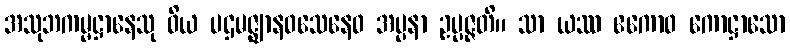
အသုဘကမ္မဋ္ဌာနေသု ဝိယ ပဌမဇ္ဈာနဝသေနေဝ အပ္ပနာ ဥပ္ပဇ္ဇတိ။ သာ ယဿ ဧကောဝ ကောဋ္ဌာသော